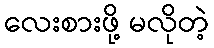
လေးစားဖို့ မလိုတဲ့